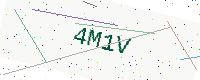
Text: 4M1V